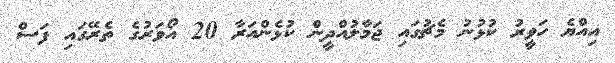
އިއްޔެ ހަވީރު ކުޅުނު މެޗުގައި ޖަމާލުއްދީން ކުޅެންއަރާ 20 އޯވަރުގެ ތެރޭގައި ފަސް